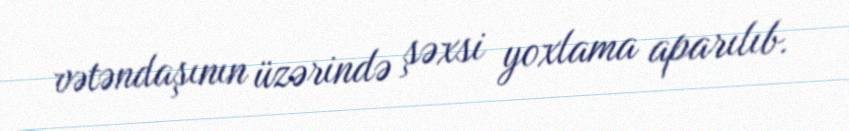
vətəndaşının üzərində şəxsi yoxlama aparılıb.